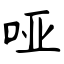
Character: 哑